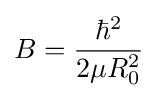
B={\frac {{\hbar }^{2}}{2\mu R_{0}^{2}}}